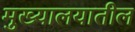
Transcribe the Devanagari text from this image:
मुख्यालयातील